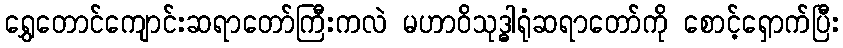
ရွှေတောင်ကျောင်းဆရာတော်ကြီးကလဲ မဟာဝိသုဒ္ဓါရုံဆရာတော်ကို စောင့်ရှောက်ပြီး